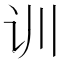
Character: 训